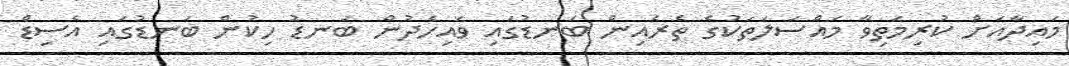
މައިދާއަށް ކުރިމަތިވާ މައްސަލަތަކުގެ ތެރެއިން ބަނޑުގައި ވައިހެދުން ބަނޑު ހިކުން ބަނޑުގައި އެސިޑް